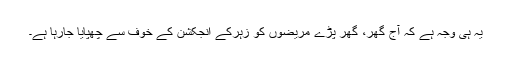
یہ ہی وجہ ہے کہ آج گھر، گھر پڑے مریضوں کو زہرکے انجکشن کے خوف سے چھپایا جارہا ہے۔